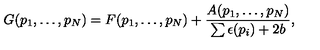
G ( p _ { 1 } , \ldots , p _ { N } ) = F ( p _ { 1 } , \ldots , p _ { N } ) + { \frac { A ( p _ { 1 } , \ldots , p _ { N } ) } { \sum \epsilon ( p _ { i } ) + 2 b } } ,